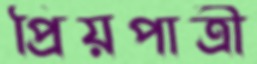
প্রিয়পাত্রী